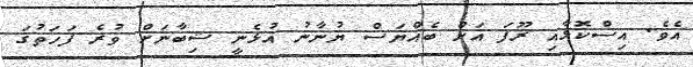
އެވެ. އިސްކޮޅާއި ރޫފަ އަށް ބެއްޔަސް ޔުނާނު އުޅެނީ ޝިބާނަށް ވުރެ ފަހަތުގަ